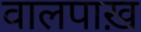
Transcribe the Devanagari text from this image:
वालपाख़